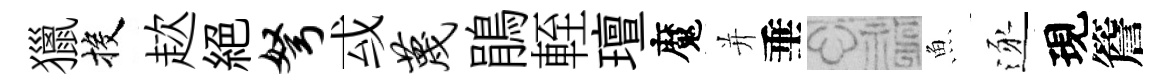
獵投趑絶弩㦯蔑鵑輊璮魔并垂福魚逐現簷